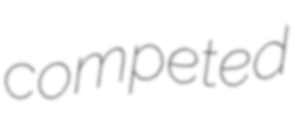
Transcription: competed